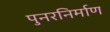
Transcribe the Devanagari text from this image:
पुनरनिर्माण